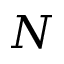
N